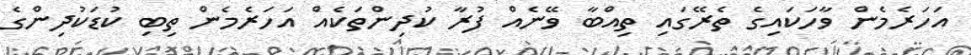
އަހަރެމެން ވާހަކައިގެ ތެރޭގައި ތިއްބާ ވޭނެއް ފުރާ ކުދިންތަކެއް އަހަރެމެން ތިބި ކުޑަކުދިންގެ